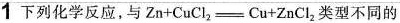
1 下列化学反应,与$$Zn+CuCl_{2}=Cu+ZnCl_{2}$$类型不同的